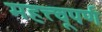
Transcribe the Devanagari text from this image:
महत्त्वूपर्ण